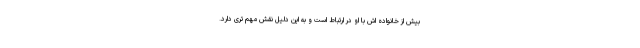
بیش از خانواده اش با او در ارتباط است و به این دلیل نقش مهم تری دارد.